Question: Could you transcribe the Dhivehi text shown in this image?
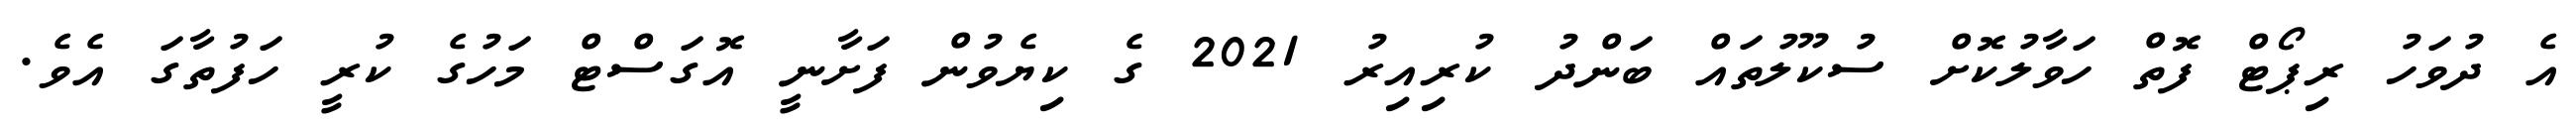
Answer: އެ ދުވަހު ރިޕޯޓް ފޮތް ހަވާލުކޮށް ސުކޫލުތައް ބަންދު ކުރިއިރު 2021 ގެ ކިޔެވުން ފަށާނީ އޮގަސްޓް މަހުގެ ކުރީ ހަފުތާގަ އެވެ.